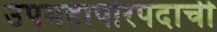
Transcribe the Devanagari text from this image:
उपमहापौरपदाची